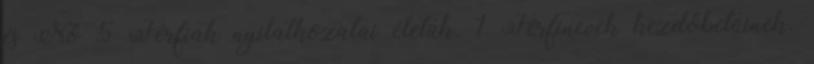
és Nő 5 Férfiak nyilatkozatai életük. 1 Férfinevek kezdőbetűinek.